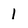
Character: 1